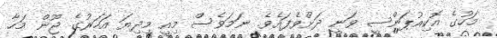
މަހުގެ އޮކިއުޕަންސީ ވަނީ ދަށްވެފައެވެ. ނަމަވެސް މިއީ މިދިޔަ އަހަރުގެ ޖޫން މަހާ